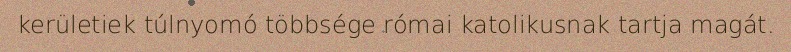
kerületiek túlnyomó többsége római katolikusnak tartja magát.